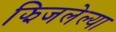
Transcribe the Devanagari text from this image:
झिजलेल्या